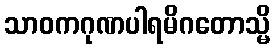
သာဝကဂုဏပါရမိဂတောသ္မိ